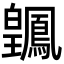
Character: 𬐑